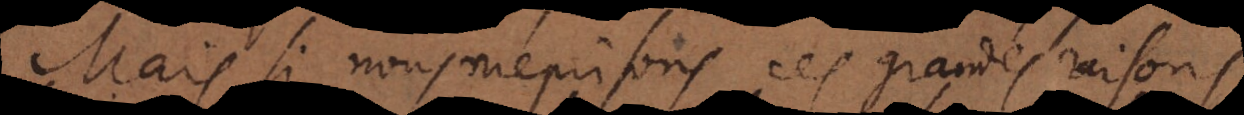
Mais si nous méprisons ces grandes raisons